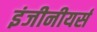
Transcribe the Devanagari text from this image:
इंजीनीयर्स